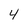
Character: 4